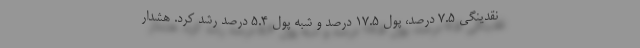
نقدینگی ٧.۵ درصد، پول ١٧.۵ درصد و شبه پول ۵.۴ درصد رشد کرد. هشدار